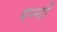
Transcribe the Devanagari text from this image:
पन्‍नों